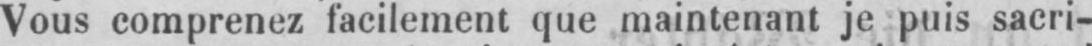
Vous comprenez facilement que maintenant je puis sacri-